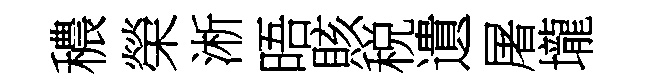
穠榮淅晤賅税遺屠壠